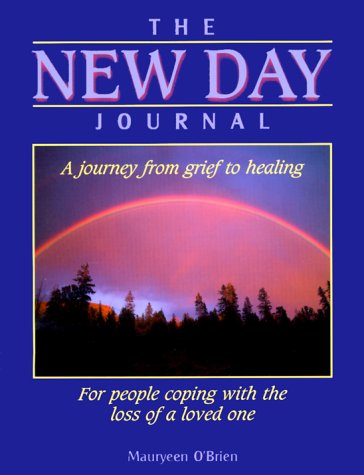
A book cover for The New Day Journal : A Journey from Grief to Healing (including Facilitator Guide); Mauryeen O'Brien; Christian Books & Bibles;